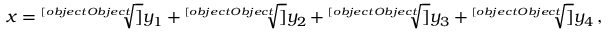
x = { \sqrt [ [object Object] ] { y _ { 1 } } } + { \sqrt [ [object Object] ] { y _ { 2 } } } + { \sqrt [ [object Object] ] { y _ { 3 } } } + { \sqrt [ [object Object] ] { y _ { 4 } } } \, ,